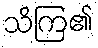
သိကြ၏